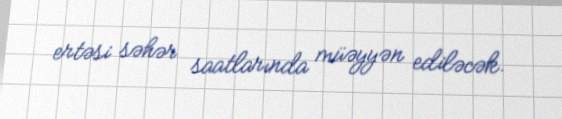
ertəsi səhər saatlarında müəyyən ediləcək.